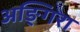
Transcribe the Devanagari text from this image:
अङ्गिरा